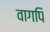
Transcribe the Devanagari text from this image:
वागपि